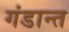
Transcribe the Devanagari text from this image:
गंडान्त